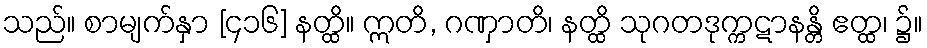
သည်။ စာမျက်နှာ [၄၁၆] နတ္ထိ။ ဣတိ, ဂဏှာတိ၊ နတ္ထိ သုဂတဒုက္ကဋာနန္တိ ဧတ္ထ၊ ၌။